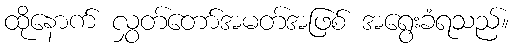
ထိုနောက် လွှတ်တော်အမတ်အဖြစ် အရွေးခံရသည်။